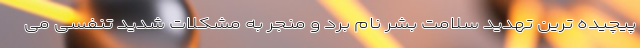
پیچیده ترین تهدید سلامت بشر نام برد و منجر به مشکلات شدید تنفسی می